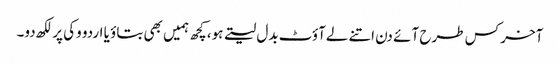
آخر کس طرح آئے دن اتنے لےآؤٹ بدل لیتے ہو، کچھ ہمیں بھی بتاؤ یا اردو وکی پر لکھ دو۔